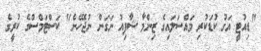
"ޑިއުޓީ އަގު ކުޑަކުރި މައްސަލައިގެ ޒިންމާ ޝާފިއު ނަގަން ނުޖެހޭނެ" ކަސްޓަމްސްގެ ކުރީގެ